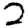
Digit: 2